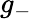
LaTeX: g_{-}